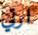
ارتي